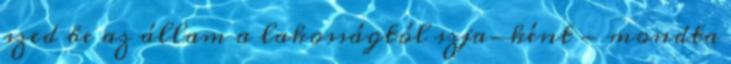
szed be az állam a lakosságtól szja-ként - mondta